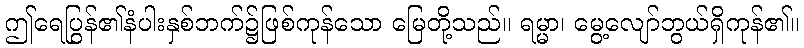
ဤရေပြွန်၏နံပါးနှစ်ဘက်၌ဖြစ်ကုန်သော မြေတို့သည်။ ရမ္မာ၊ မွေ့လျော်ဘွယ်ရှိကုန်၏။